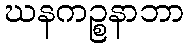
ဃနကဉ္စနာဘာ